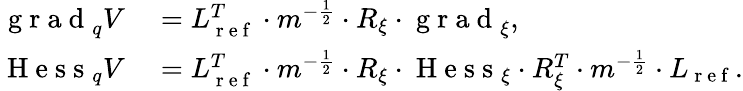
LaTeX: \begin{array}{rl}{\mathrm{~g~r~a~d~}_{q}V}&{{}=L_{\mathrm{~r~e~f~}}^{T}\cdot m^{-\frac{1}{2}}\cdot R_{\xi}\cdot\mathrm{~g~r~a~d~}_{\xi},}\\ {\mathrm{~H~e~s~s~}_{q}V}&{{}=L_{\mathrm{~r~e~f~}}^{T}\cdot m^{-\frac{1}{2}}\cdot R_{\xi}\cdot\mathrm{~H~e~s~s~}_{\xi}\cdot R_{\xi}^{T}\cdot m^{-\frac{1}{2}}\cdot L_{\mathrm{~r~e~f~}}.}\end{array}